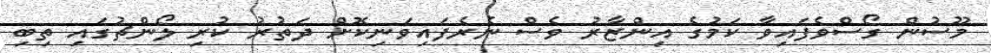
މޫސުން ގޯސްވެފައިވާ ކަމުގެ އިންޒާރު ވެސް ނެރެފައިވަނިކޮށް ދަތުރު ކުރި ލޯންޗުގައި ތިބި